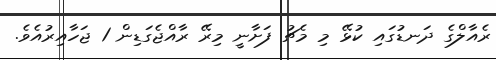
ރެއާލްގެ ދަނޑުގައި ކުޅޭ މި މެޗު ފަށާނީ މިރޭ ރާއްޖެގަޑިން 1 ޖަހާއިރުއެވެ.